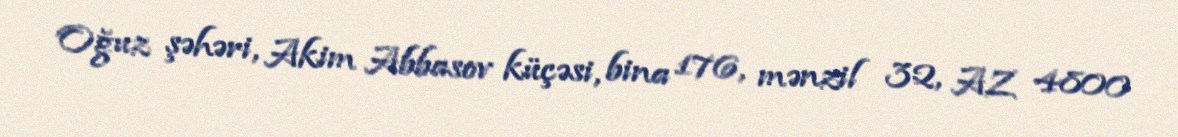
Oğuz şəhəri, Akim Abbasov küçəsi, bina 176, mənzil 32, AZ 4800